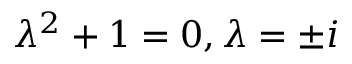
\lambda ^ { 2 } + 1 = 0 , \lambda = \pm i